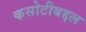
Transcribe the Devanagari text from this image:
कसोटीबद्दल